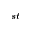
^ { s t }